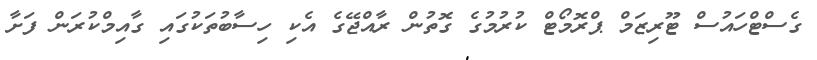
ގެސްޓްހައުސް ޓޫރިޒަމް ޕްރޮމޯޓް ކުރުމުގެ ގޮތުން ރާއްޖޭގެ އެކި ހިސާބުތަކުގައި ގާއިމްކުރަން ފަށާ